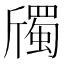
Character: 斶